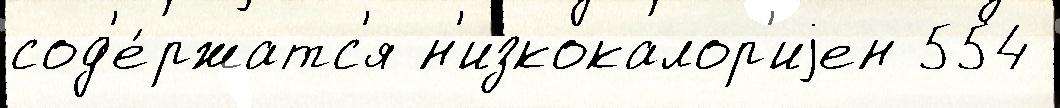
сод'е́ржатс'я н'изкокалор'иjен 554